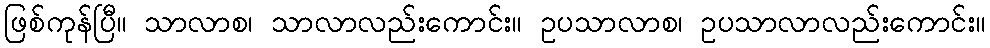
ဖြစ်ကုန်ပြီ။ သာလာစ၊ သာလာလည်းကောင်း။ ဥပသာလာစ၊ ဥပသာလာလည်းကောင်း။